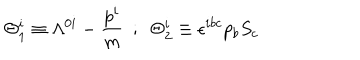
\Theta _ { 1 } ^ { i } \equiv \Lambda ^ { 0 i } - { \frac { p ^ { i } } { m } } ~ ~ ; ~ ~ \Theta _ { 2 } ^ { i } \equiv \epsilon ^ { i b c } p _ { b } S _ { c }